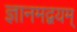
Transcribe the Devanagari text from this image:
ज्ञानमद्वयम्‌